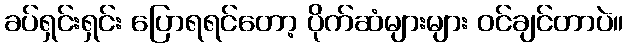
ခပ်ရှင်းရှင်း ပြောရရင်တော့ ပိုက်ဆံများများ ဝင်ချင်တာပဲ။